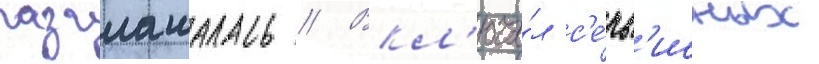
разглашалась // Вкл'юча́л с'е́рв'исных